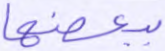
ببعضها